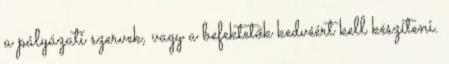
a pályázati szervek, vagy a befektetők kedvéért kell készíteni.